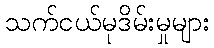
သက်ငယ်မုဒိမ်းမှုများ